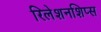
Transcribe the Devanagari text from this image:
रिलेशनशिप्स